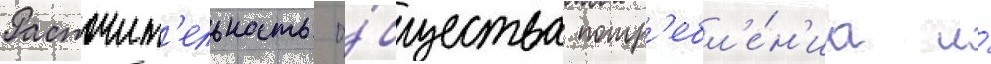
Расточит'ельность о́бщества потр'ебл'е́н'иа и́